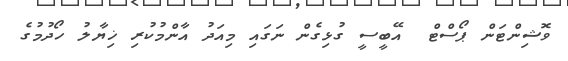
ވޮޝިންޓަން ޕޯސްޓް  އޭބީސީ ގުޅިގެން ނަގައި މިއަދު އާންމުކުރި ޚިޔާލު ހޯދުމުގެ